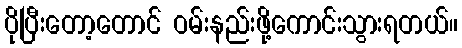
ပိုပြီးတော့တောင် ဝမ်းနည်းဖို့ကောင်းသွားရတယ်။